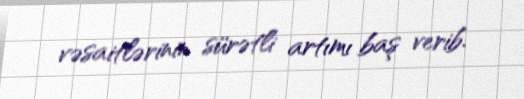
vəsaitlərinin sürətli artımı baş verib.